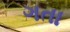
ગતા